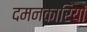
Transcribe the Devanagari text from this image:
दमनकारियों